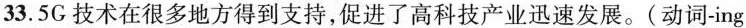
33.5G 技术在很多地方得到支持,促进了高科技产业迅速发展.(动词-ing